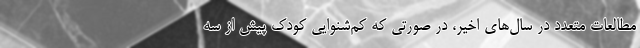
مطالعات متعدد در سال‌های اخیر، در صورتی که کم‌شنوایی کودک پیش از سه